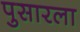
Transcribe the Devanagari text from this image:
पुसारला